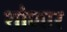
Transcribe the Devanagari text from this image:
शोणार